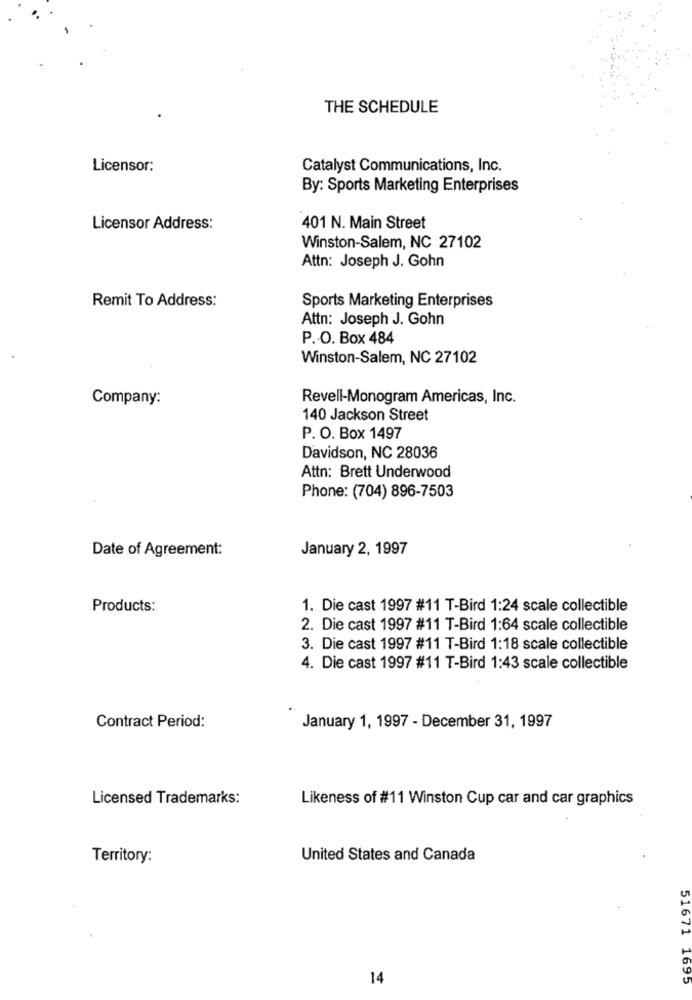
THE SCHEDULE
Licensor:
Catalyst Communications, Inc.
By: Sports Marketing Enterprises
Licensor Address:
401 N. Main Street
Winston-Salem, NC 27102
Attn: Joseph J. Gohn
Remit To Address:
Sports Marketing Enterprises
Attn: Joseph J. Gohn
P. O. Box 484
Winston-Salem, NC 27102
Company:
Revell-Monogram Americas, Inc.
140 Jackson Street
P. O. Box 1497
Davidson, NC 28036
Attn: Brett Underwood
Phone: (704) 896-7503
Date of Agreement:
January 2, 1997
Products:
1. Die cast 1997 #11 T-Bird 1:24 scale collectible
2. Die cast 1997 #11 T-Bird 1:64 scale collectible
3. Die cast 1997 #11 T-Bird 1:18 scale collectible
4. Die cast 1997 #11 T-Bird 1:43 scale collectible
Contract Period:
January 1, 1997 - December 31, 1997
Licensed Trademarks:
Likeness of #11 Winston Cup car and car graphics
Territory:
United States and Canada
14
51671 1695